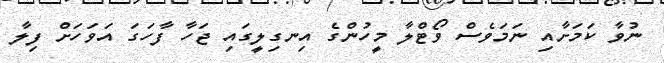
ނުވާ ކަމަށާއި ނަމަވެސް ވޯޓްލާ މީހުންގެ އިނގިލީގައި ޖަހާ ފާހަގަ އަވަހަށް ފިލާ